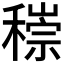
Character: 𥡶